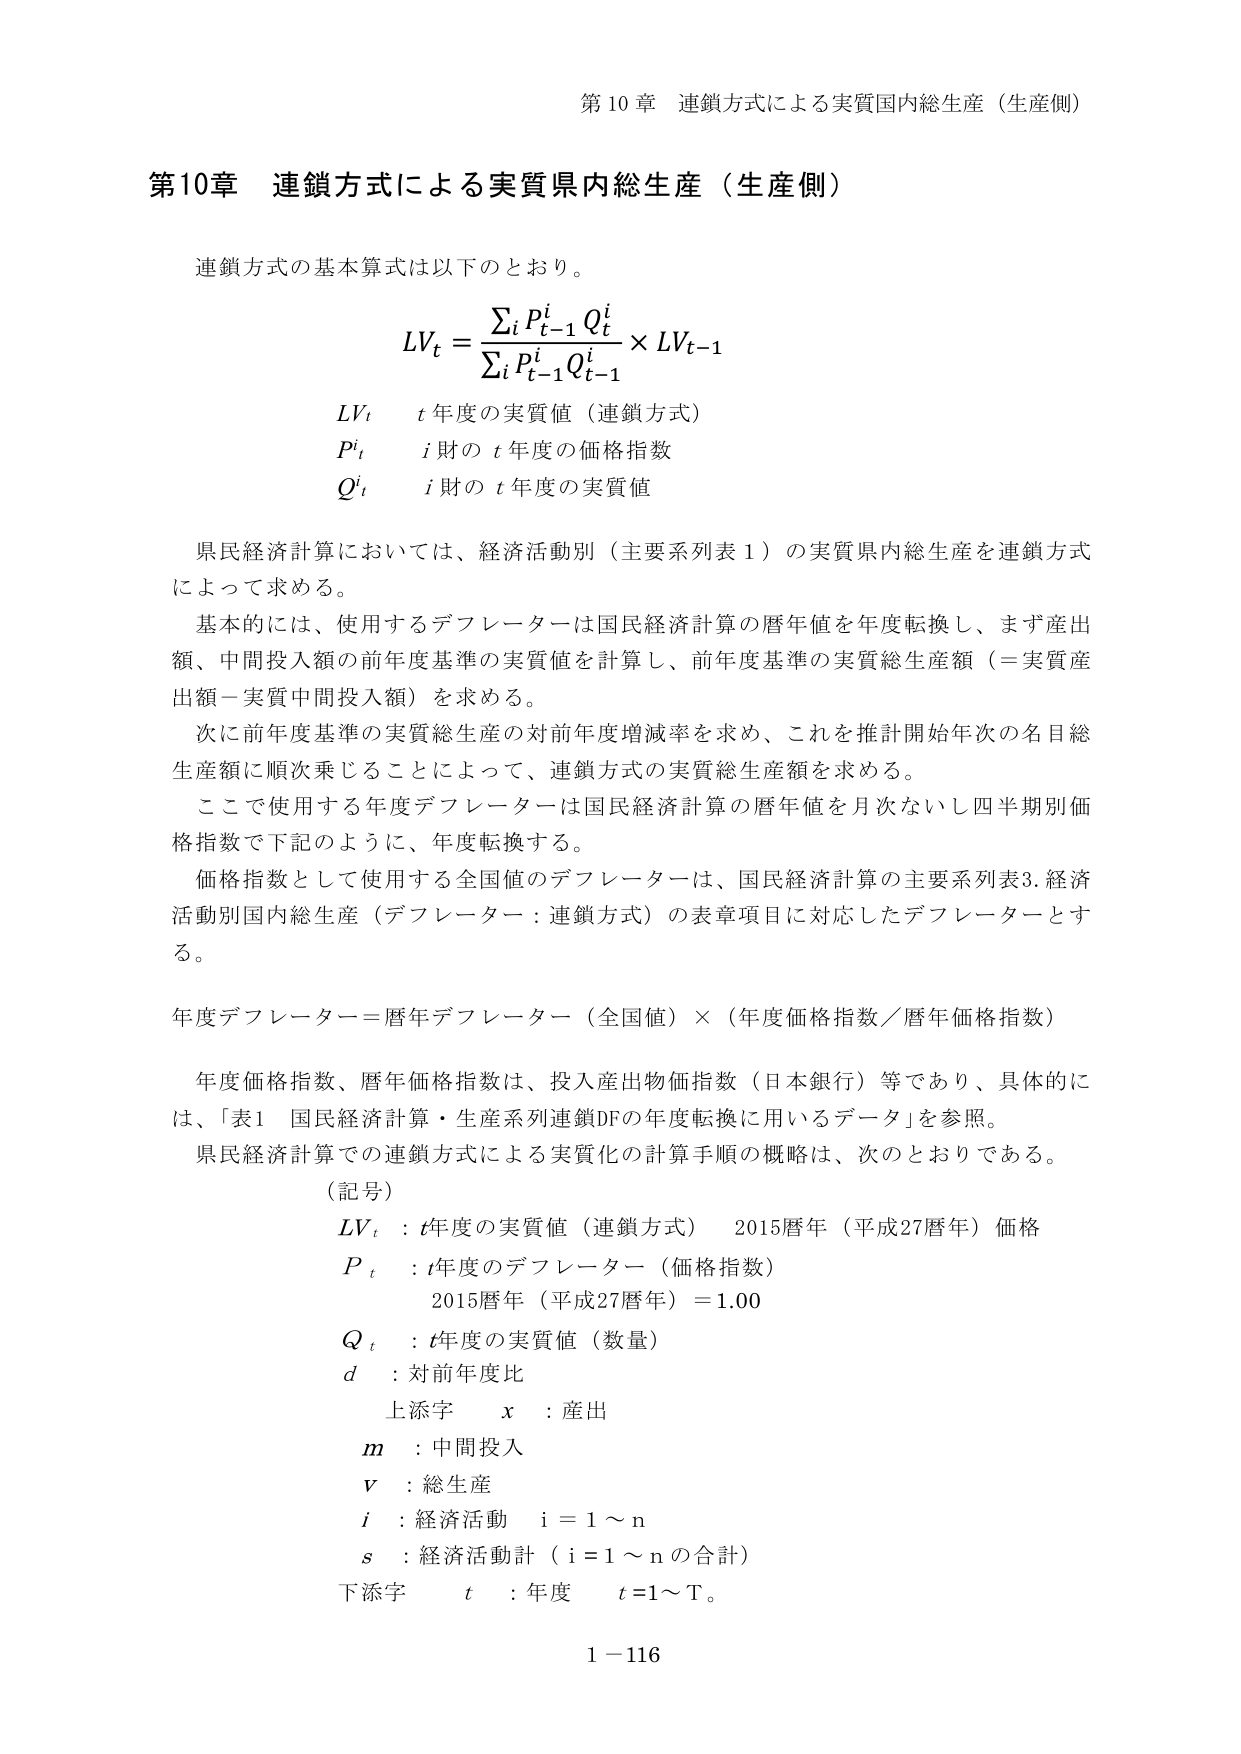
第10章 連鎖方式による実質国内総生産（生産側）

第10章 連鎖方式による実質県内総生産（生産側）

連鎖方式の基本算式は以下のとおり。

LV_t = (Σ_i P^i_{t-1} Q^i_t) / (Σ_i P^i_{t-1} Q^i_{t-1}) × LV_{t-1}

LV_t　t年度の実質値（連鎖方式）
P^i_t　i財のt年度の価格指数
Q^i_t　i財のt年度の実質値

県民経済計算においては、経済活動別（主要系列表1）の実質県内総生産を連鎖方式によって求める。

基本的には、使用するデフレーターは国民経済計算の暦年値を年度転換し、まず産出額、中間投入額の前年度基準の実質値を計算し、前年度基準の実質総生産額（＝実質産出額－実質中間投入額）を求める。

次に前年度基準の実質総生産の対前年度増減率を求め、これを推計開始年次の名目総生産額に順次乗じることによって、連鎖方式の実質総生産額を求める。

ここで使用する年度デフレーターは国民経済計算の暦年値を月次ないし四半期別価格指数で下記のように、年度転換する。

価格指数として使用する全国値のデフレーターは、国民経済計算の主要系列表3.経済活動別国内総生産（デフレーター：連鎖方式）の表章項目に対応したデフレーターとする。

年度デフレーター＝暦年デフレーター（全国値）×（年度価格指数／暦年価格指数）

年度価格指数、暦年価格指数は、投入産出物価指数（日本銀行）等であり、具体的には、「表1 国民経済計算・生産系列連鎖DFの年度転換に用いるデータ」を参照。

県民経済計算での連鎖方式による実質化の計算手順の概略は、次のとおりである。

（記号）
LV_t ：t年度の実質値（連鎖方式）　2015暦年（平成27暦年）価格
P_t ：t年度のデフレーター（価格指数）
　　　2015暦年（平成27暦年）＝1.00
Q_t ：t年度の実質値（数量）
d ：対前年度比
　上添字　x ：産出
　m ：中間投入
　v ：総生産
　i ：経済活動　i＝1～n
　s ：経済活動計（i＝1～nの合計）
　下添字　t ：年度　t＝1～T。

1－116